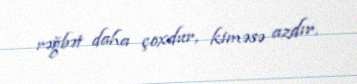
rəğbət daha çoxdur, kiməsə azdır.